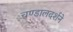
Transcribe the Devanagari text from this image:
चण्डालदर्शने